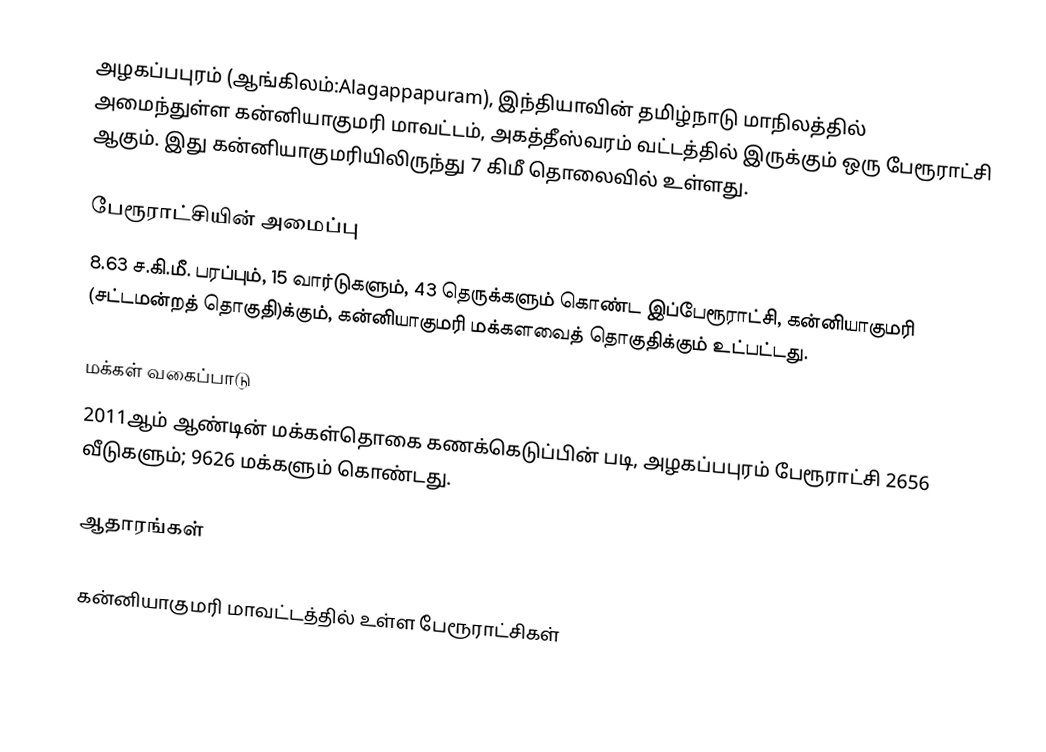
அழகப்பபுரம் (ஆங்கிலம்:Alagappapuram), இந்தியாவின் தமிழ்நாடு மாநிலத்தில் அமைந்துள்ள கன்னியாகுமரி மாவட்டம், அகத்தீஸ்வரம் வட்டத்தில் இருக்கும் ஒரு பேரூராட்சி ஆகும். இது கன்னியாகுமரியிலிருந்து 7 கிமீ தொலைவில் உள்ளது.

பேரூராட்சியின் அமைப்பு
8.63 ச.கி.மீ. பரப்பும், 15  வார்டுகளும், 43 தெருக்களும் கொண்ட இப்பேரூராட்சி, கன்னியாகுமரி  (சட்டமன்றத் தொகுதி)க்கும், கன்னியாகுமரி மக்களவைத் தொகுதிக்கும் உட்பட்டது.

மக்கள் வகைப்பாடு
2011ஆம் ஆண்டின் மக்கள்தொகை கணக்கெடுப்பின் படி, அழகப்பபுரம் பேரூராட்சி 2656 வீடுகளும்; 9626 மக்களும் கொண்டது.

ஆதாரங்கள்

கன்னியாகுமரி மாவட்டத்தில் உள்ள பேரூராட்சிகள்